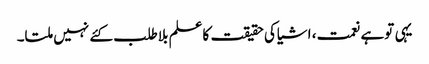
یہی توہے نعمت، اشیاکی حقیقت کاعلم بلاطلب کئے نہیں ملتا۔